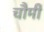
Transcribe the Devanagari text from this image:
चौमी